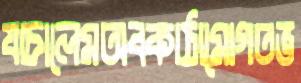
যাচালেমঅবকাঠামোগতভ